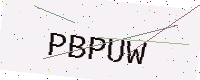
Text: PBPUW